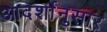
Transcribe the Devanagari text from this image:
आदर्शानुसार